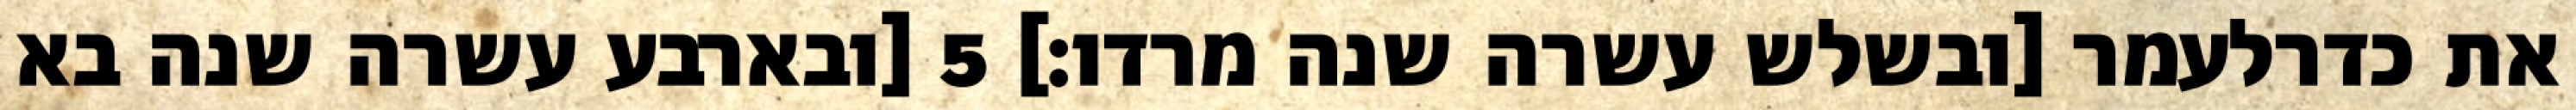
את כדרלעמר [ובשלש עשרה שנה מרדו׃] ‎5‏ [ובארבע עשרה שנה בא